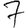
Digit: 7